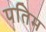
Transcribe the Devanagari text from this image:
पतिम